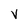
Character: v